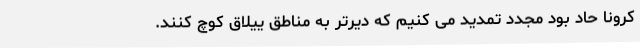
کرونا حاد بود مجدد تمدید می کنیم که دیرتر به مناطق ییلاق کوچ کنند.